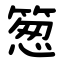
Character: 䈡